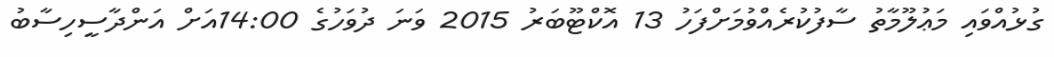
ގުޅުއްވައި މަޢުލޫމާތު ސާފުކުރެއްވުމަށްފަހު 13 އޮކްޓޫބަރު 2015 ވަނަ ދުވަހުގެ 14:00އަށް އަންދާސީހިސާބު